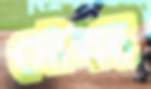
সৌক্ষ্ম্য